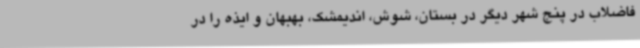
فاضلاب در پنج شهر دیگر در بستان، شوش، اندیمشک، بهبهان و ایذه را در